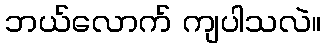
ဘယ်လောက် ကျပါသလဲ။